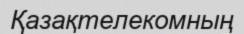
Қазақтелекомның